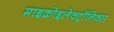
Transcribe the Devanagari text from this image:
माइक्रोइलेक्ट्रॉनिक्स